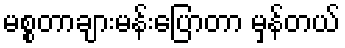
မစ္စတာချားမန်းပြောတာ မှန်တယ်